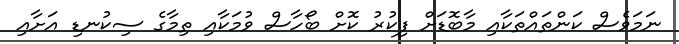
ނަމަވެސް ކަންތައްތަކާއި މާބޮޑަށް ފިކުރު ކޮށް ބޯހާސް ވުމަކާއި ތިމާގެ ސިކުނޑި އަށާއި